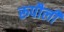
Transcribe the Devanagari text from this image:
रूपौली